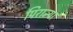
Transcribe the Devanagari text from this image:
पिरान्या